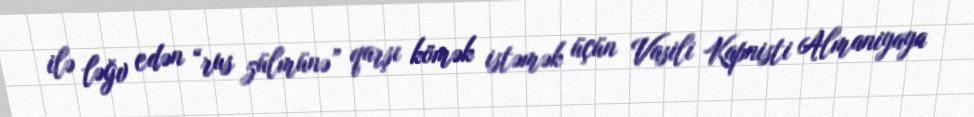
ilə ləğv edən “rus zülmünə” qarşı kömək istəmək üçün Vasili Kapnisti Almaniyaya